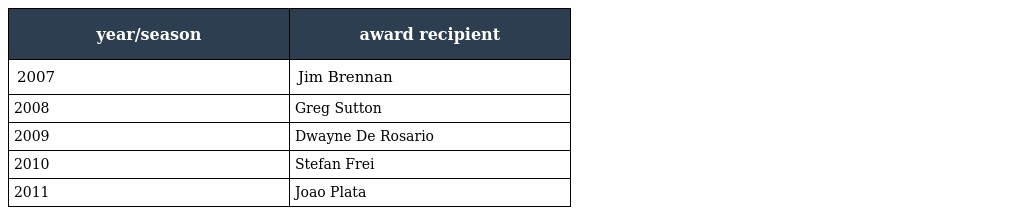
| year/season | award recipient |
 | --- | --- |
 | 2007 | Jim Brennan |
 | 2008 | Greg Sutton |
 | 2009 | Dwayne De Rosario |
 | 2010 | Stefan Frei |
 | 2011 | Joao Plata |